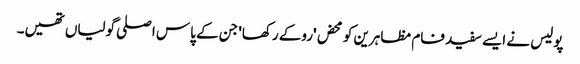
پولیس نے ایسے سفید فام مظاہرین کو محض 'روکے رکھا' جن کے پاس اصلی گولیاں تھیں۔